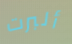
ألبرت